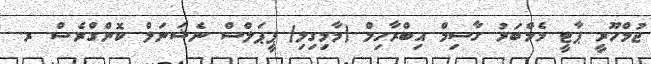
ޖުމްހޫރީ ޕާޓީ މެމްބަރު ގާސިމް އިބްރާހިމް (މާމިގިލި) ޕީޕަލްސް ނެޝަނަލް ކޮންގްރެސް ރ.